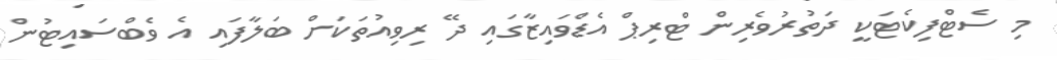
މި ސެޓްފިކެޓަކީ ދަތުރުވެރިން ޓްރިޕް އެޑްވައިޒާގައި ދޭ ރިވިއުތަކަށް ބަލާފައި އެ ވެބްސައިޓުން